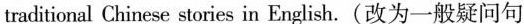
traditional Chinese stories in English.(改为一般疑问句